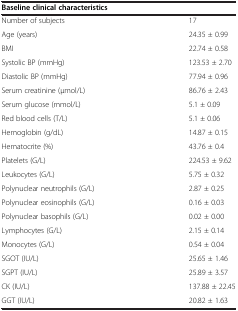
| <COLSPAN=2> Baseline clinical characteristics |
 | --- | --- |
 | Number of subjects | 17 |
 | Age (years) | 24.35 ± 0.99 |
 | BMI | 22.74 ± 0.58 |
 | Systolic BP (mmHg) | 123.53 ± 2.70 |
 | Diastolic BP (mmHg) | 77.94 ± 0.96 |
 | Serum creatinine (μmol/L) | 86.76 ± 2.43 |
 | Serum glucose (mmol/L) | 5.1 ± 0.09 |
 | Red blood cells (T/L) | 5.1 ± 0.06 |
 | Hemoglobin (g/dL) | 14.87 ± 0.15 |
 | Hematocrite (%) | 43.76 ± 0.4 |
 | Platelets (G/L) | 224.53 ± 9.62 |
 | Leukocytes (G/L) | 5.75 ± 0.32 |
 | Polynuclear neutrophils (G/L) | 2.87 ± 0.25 |
 | Polynuclear eosinophils (G/L) | 0.16 ± 0.03 |
 | Polynuclear basophils (G/L) | 0.02 ± 0.00 |
 | Lymphocytes (G/L) | 2.15 ± 0.14 |
 | Monocytes (G/L) | 0.54 ± 0.04 |
 | SGOT (IU/L) | 25.65 ± 1.46 |
 | SGPT (IU/L) | 25.89 ± 3.57 |
 | CK (IU/L) | 137.88 ± 22.45 |
 | GGT (IU/L) | 20.82 ± 1.63 |